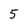
Character: 5